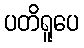
ပတိရူပေ